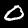
Digit: 0